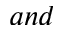
a n d